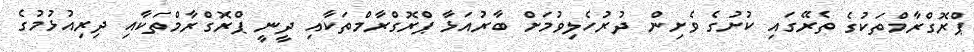
ޕްރޮގްރާމްތަކުގެ ތެރޭގައި ކުށުގެ ވެށިން ދުރުހެލިވުމަށް ބާރުއަޅާ ޕްރޮގްރާމްތަކާއި ދީނީ ޕްރޮގްރާމްތަކާއި ދިރިއުޅުމުގެ